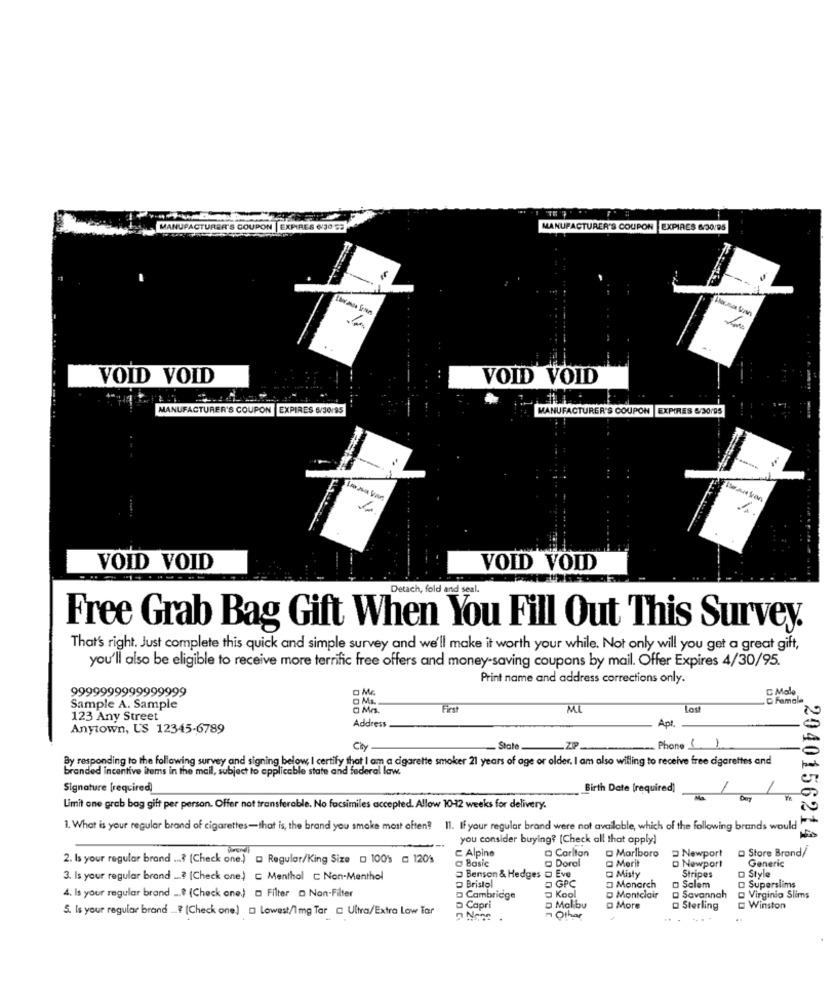
MANU
CAT'S COUPON |EXPIRES ('30 53
MANUFACTURER'S COUPON EXPIRES 6/30/95
. .
VOID VOID
VOID VOID
MANUFACTURER'S COUPON |EXPIRES 6/30/85
MANUFACTURER'S COUPON
EXPIRES 6/30/95
VOID VOID
VOID VOID
Detach, fold and seal.
Free Grab Bag Gift When You Fill Out This Survey.
That's right. Just complete this quick and simple survey and we'll make it worth your while. Not only will you get a great gift,
you'll also be eligible to receive more terrific free offers and money-saving coupons by mail. Offer Expires 4/30/95.
Print name and address corrections only.
9999999999999999
O ME
C Male
0 Ms ..
Famala
Sample A. Sample
0 Mm
First
MI
lost
123 Any Street
Apt.
Anytown, US 12345-6789
Address
Cry
State
Phone _
1
By responding to the following survey and signing below, I certify that I am a cigarette smoker 21 years of age or older. I am also willing to receive free cigarettes and
branded incentive items in the mail, subject to applicable state and federal law.
Signature [required)
Birth Date (required)
Limit one grab bag gift per person. Offer not transferable. No facsimiles accepted. Allow 10-12 weeks for delivery.
1. What is your regular brand of cigarettes-that is, the brand you smoke most often? 11. If your regular brand were not available, which of the following brands would
you consider buying? [Check all that apply]
2040156214
C Alpine
a Carlton
O Marlboro
Newport
Store Brond/
2. Is your regular brand ...? (Check one.)" a Regular/King Size D 1001 a 120%
@ Basic
@ Doral
@ Merit
Generic
D Newport
3. Is your regular brand ..? (Check one.) [ Menthol C Non-Menthol
Benson & Hedges @ Eve
D Bristol
Q Misty
Stripes
D Style
GPC
O Monarch
Salem
Superslims
4. Is your regular brand _. º (Check one.) a Filter a Non-Filter
D Capri
D Cambridge
OK
D Montclair
D Savannah
Virginio Slims
5. Is your regular brand _? [Check one) = Lowest/1 mg Tar a Ultra/Extra Low Tar
D Malibu
D More
Sterling
Winston
n Other